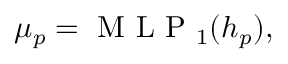
\begin{array} { r } { \begin{array} { r } { \mu _ { p } = \mathrm { ~ M ~ L ~ P ~ } _ { 1 } ( h _ { p } ) , } \end{array} } \end{array}